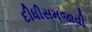
દીધીસમજાવી